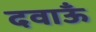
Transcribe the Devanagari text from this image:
दवाऊँ